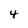
Character: 4